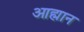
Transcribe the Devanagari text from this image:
आह्मान